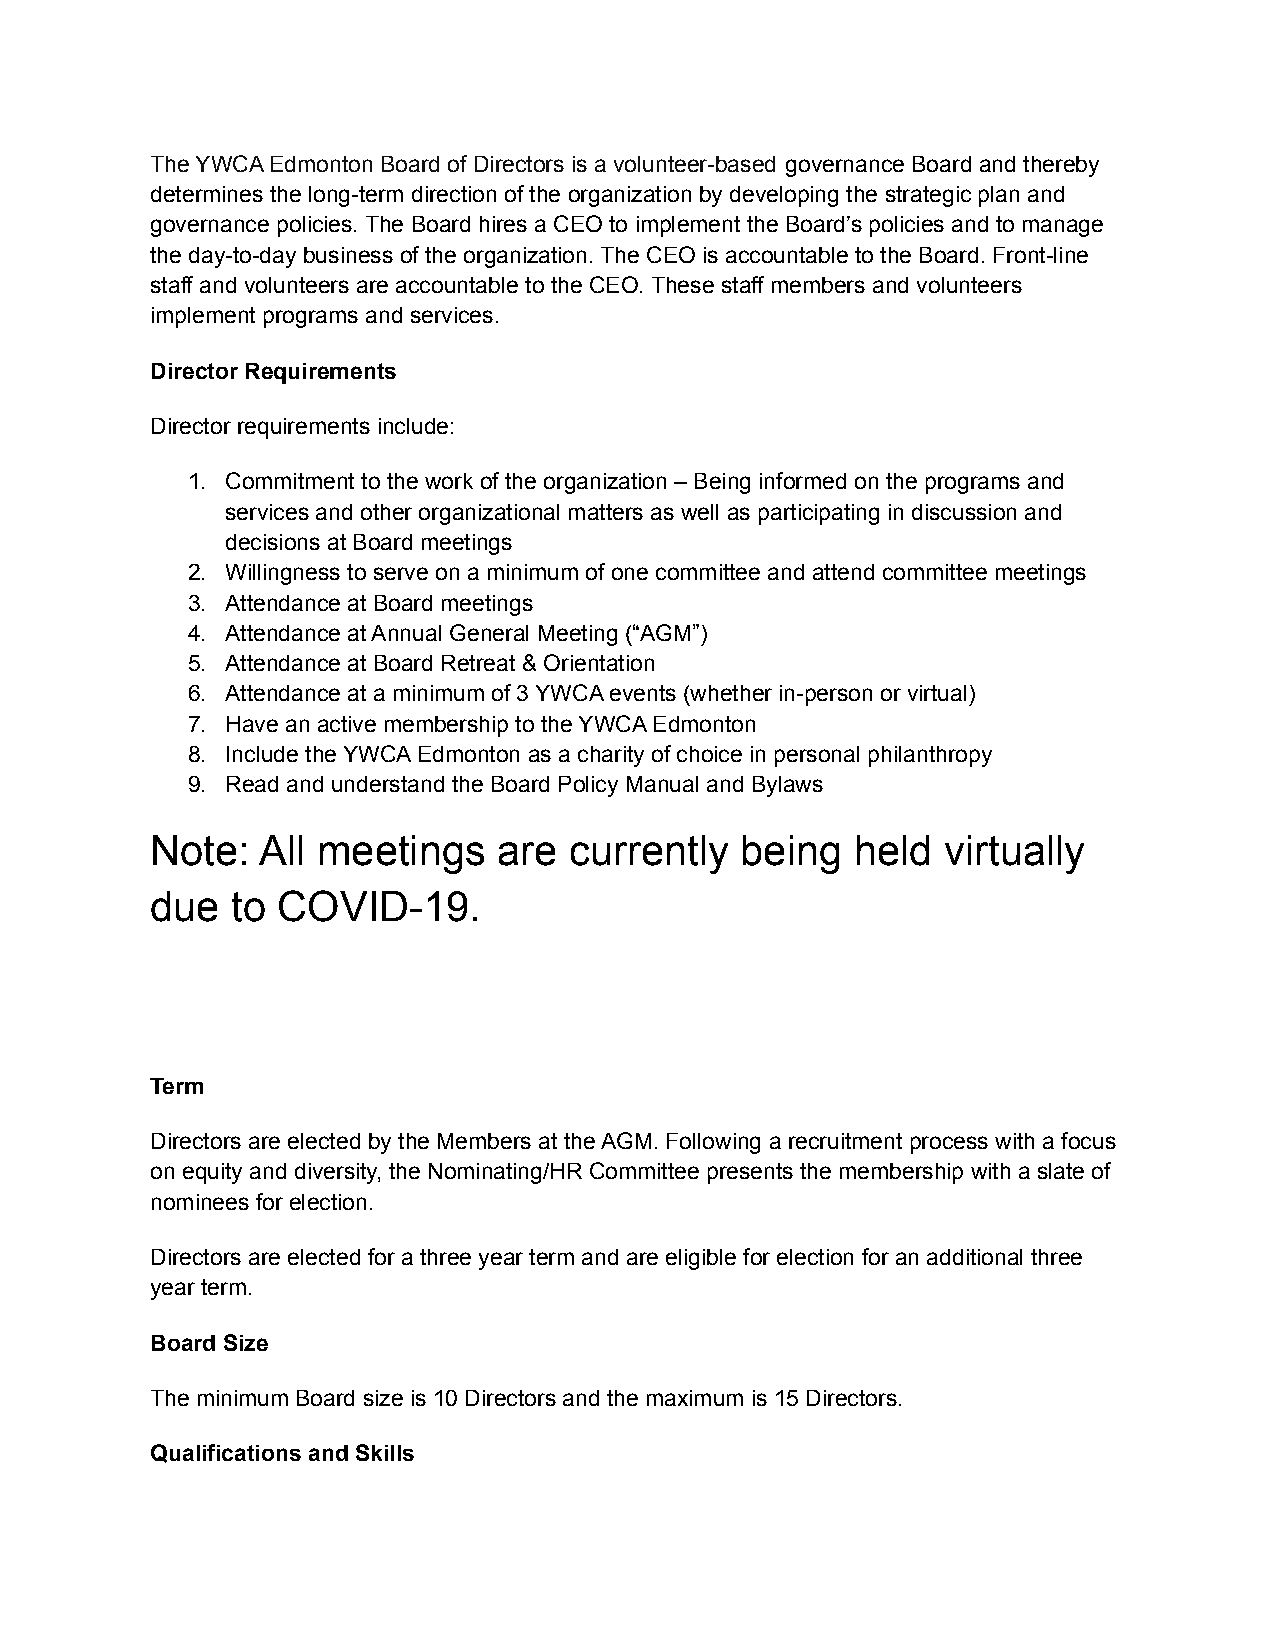
The YWCA Edmonton Board of Directors is a volunteer-based governance Board and thereby
 determines the long-term direction of the organization by developing the strategic plan and
 governance policies. The Board hires a CEO to implement the Board’s policies and to manage
 the day-to-day business of the organization. The CEO is accountable to the Board. Front-line
 staff and volunteers are accountable to the CEO. These staff members and volunteers
 implement programs and services.
 Director Requirements
 Director requirements include:
 1. Commitment to the work of the organization – Being informed on the programs and
 services and other organizational matters as well as participating in discussion and
 decisions at Board meetings
 2. Willingness to serve on a minimum of one committee and attend committee meetings
 3. Attendance at Board meetings
 4. Attendance at Annual General Meeting (“AGM”)
 5. Attendance at Board Retreat & Orientation
 6. Attendance at a minimum of 3 YWCA events (whether in-person or virtual)
 7. Have an active membership to the YWCA Edmonton
 8. Include the YWCA Edmonton as a charity of choice in personal philanthropy
 9. Read and understand the Board Policy Manual and Bylaws
 Note:  All meetings    are  currently  being   held  virtually
 due  to COVID-19.
 Term
 Directors are elected by the Members at the AGM. Following a recruitment process with a focus
 on equity and diversity, the Nominating/HR Committee presents the membership with a slate of
 nominees for election.
 Directors are elected for a three year term and are eligible for election for an additional three
 year term.
 Board Size
 The minimum Board size is 10 Directors and the maximum is 15 Directors.
 Qualifications and Skills